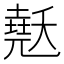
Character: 𰊳